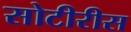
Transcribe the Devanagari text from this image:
सोटीरीस